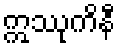
ဣဿုကိနီ